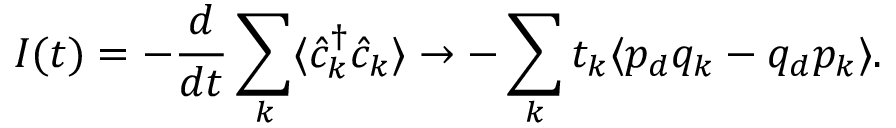
I ( t ) = - \frac { d } { d t } \sum _ { k } \langle \hat { c } _ { k } ^ { \dagger } \hat { c } _ { k } \rangle \to - \sum _ { k } t _ { k } \langle p _ { d } q _ { k } - q _ { d } p _ { k } \rangle .